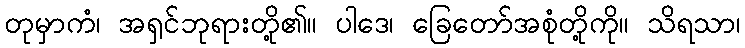
တုမှာကံ၊ အရှင်ဘုရားတို့၏။ ပါဒေ၊ ခြေတော်အစုံတို့ကို။ သိရသာ၊